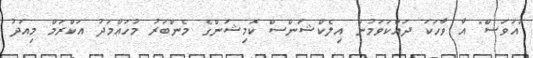
"އަވަސް" އާ ވާހަކަ ދައްކަވަމުން އިލެކްޝަންސް ކޮމިޝަންގެ މެންބަރު މުހައްމަދު އަކްރަމް މިއަދު